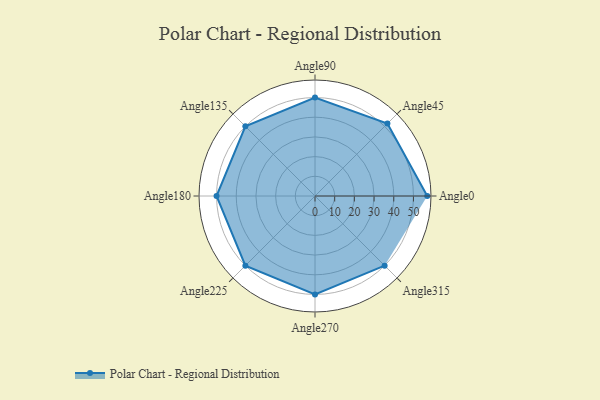
{"axis": {"x": "Angle", "y": "Radius"}, "legend": [""], "data": [{"x": "Angle0", "y": 57.0, "type": ""}, {"x": "Angle45", "y": 52.0, "type": ""}, {"x": "Angle90", "y": 50.0, "type": ""}, {"x": "Angle135", "y": 50, "type": ""}, {"x": "Angle180", "y": 50, "type": ""}, {"x": "Angle225", "y": 50, "type": ""}, {"x": "Angle270", "y": 50, "type": ""}, {"x": "Angle315", "y": 50, "type": ""}]}